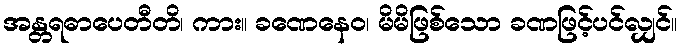
အန္တရဓာပေတီတိ၊ ကား။ ခဏေနေဝ၊ မိမိဖြစ်သော ခဏဖြင့်ပင်လျှင်။